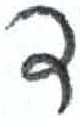
אות: ד